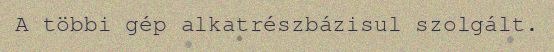
A többi gép alkatrészbázisul szolgált.